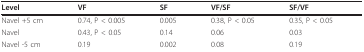
<table><thead><tr><td><b>Level</b></td><td><b>VF</b></td><td><b>SF</b></td><td><b>VF/SF</b></td><td><b>SF/VF</b></td></tr></thead><tbody><tr><td>Navel +5 cm</td><td>0.74, P &lt; 0.005</td><td>0.005</td><td>0.38, P &lt; 0.05</td><td>0.35, P &lt; 0.05</td></tr><tr><td>Navel</td><td>0.43, P &lt; 0.05</td><td>0.14</td><td>0.06</td><td>0.03</td></tr><tr><td>Navel -5 cm</td><td>0.19</td><td>0.002</td><td>0.08</td><td>0.19</td></tr></tbody></table>